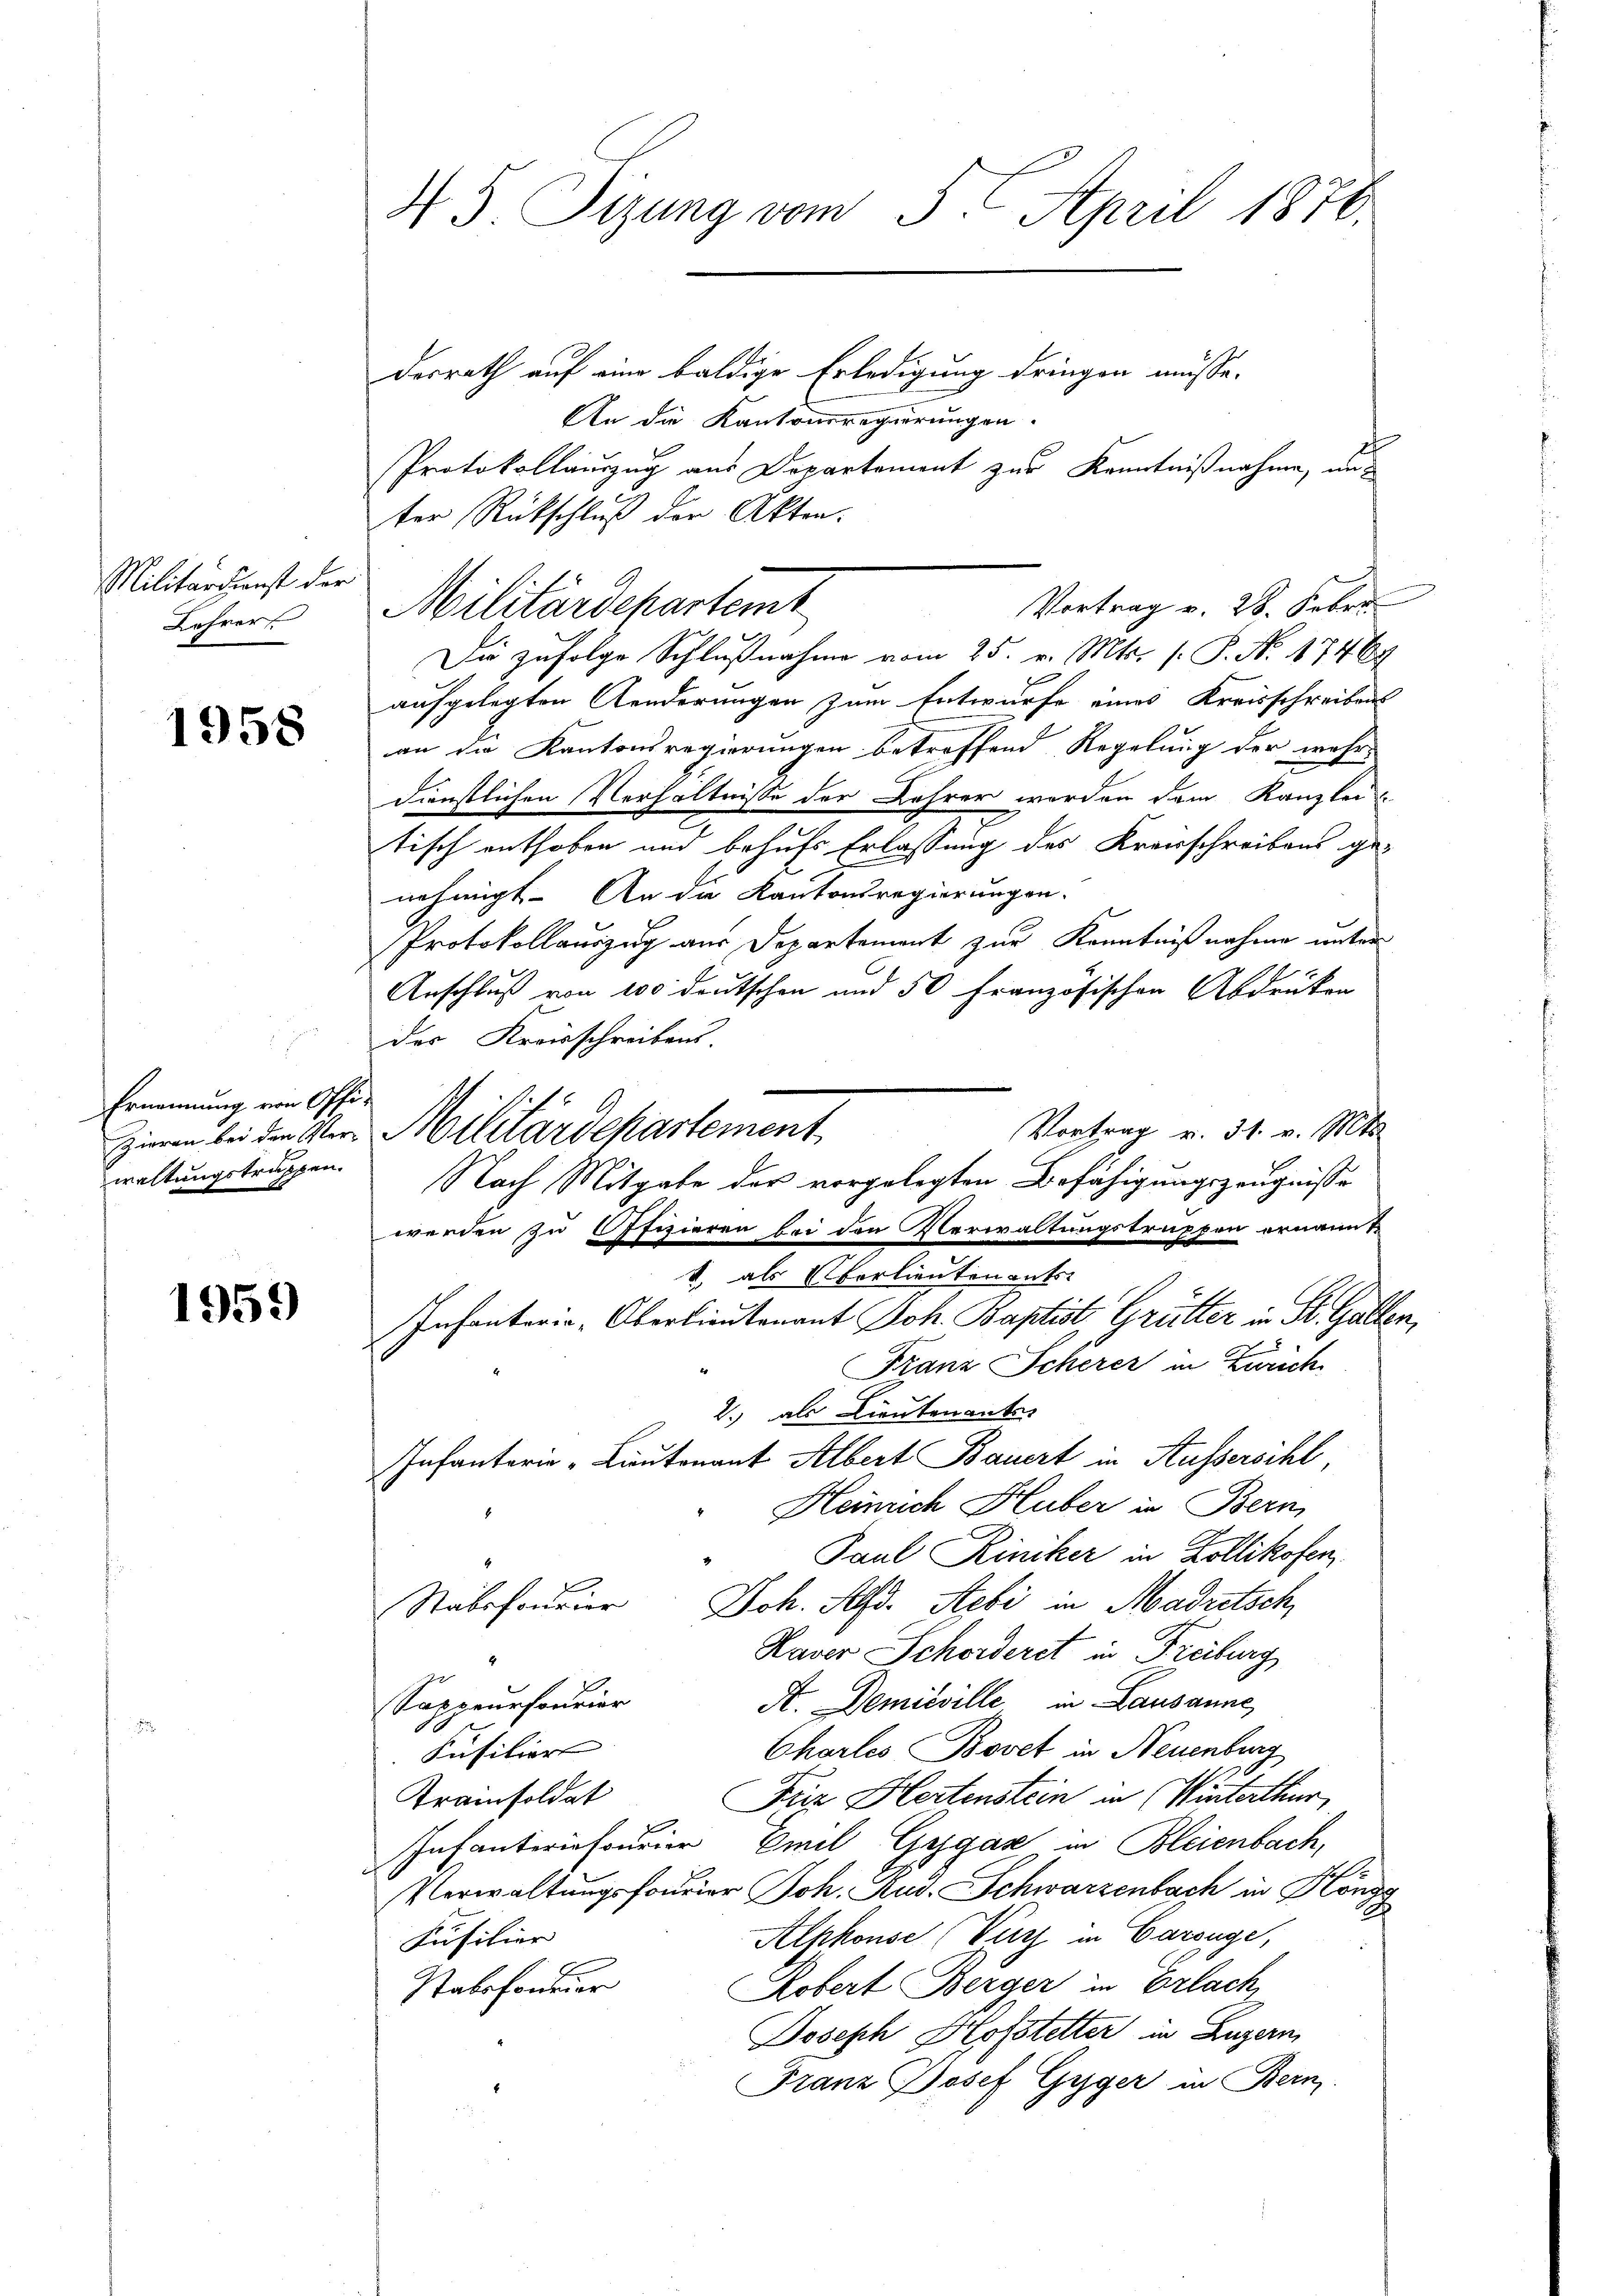
Muttersucht der
Lehrer

1958

Ernennung von Offiwaltungstruppen.

1959

N. S. Tizung vom 5. April 18760.

desrath auf eine baldige Erledigung dringen müsse.
An die Kantonsregierungen.
Protokollauszug aus Departement zur Kenntnißnahme, und
ter Rückschluß der Akten.
Die zufolge Schlußnahme vom 25. v. Mts. s. S. N. 1746
aufgelegten Aenderungen zum Entwurfe eines Kreisschreibens
an die Kantonsregierungen betroffend Regelung der wehr-
dienstlichen Verhältnisse der Lehrer werden dem Kanzlei
tisch enthoben und behufs Erlassung des Kreisschreibens genehmigt. An die Kantonsregierungen.
Protokollauszug aus Departement zur Kenntniß nahme unter
Anschluß von 100 deutschen und 50 Französischen Abdruken
der Kreisschreibens.
Vortrag v. 31. v. Mts.
werden zu Offizieren bei den Verwaltungstruppen ernannt
1. als vorlieutenants.
Infanterie-Oberlieutenant Joh. Baptist, Grütter in St. Gallen,
Franz Scherer in Zürich
2.) als Lieutenanter
Infanterie - Lieutenant Albert Bauert in Aussersihl,
Heinrich Huber in Bern
Paul Riniker in Zollikofen,
Joh. Med. Stebi in Madretsch
Stabsfourier
Kaver Schorderst in Freiburg
4
A. Demisville in Lausanne,
Sappeurfourier
2
onsilior
Charles Bovet in Neuenburg
Friz Hertenstein in Winterthur,
Krainsoldat
Infanteriefourier Emil Gygase in Bleienbach,
Verwaltungsfourier Joh. Rud. Schwarzenbach in Köngg
Alphonse (Viert in Carouge,
Füsilier
Robert Berger in Erlach,
Nabesonder
Joseph Hofstetter in Luzern
Franz Josef Gyger in Bern

Vortrag v. 28. Febru
Militärdepartemt

zieren bei der Ver-Militärdepartement

Nach Mitgabe der vorgelegten Befähigungszeugnisse